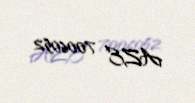
AZE 7006052